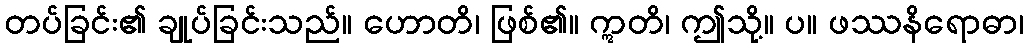
တပ်ခြင်း၏ ချုပ်ခြင်းသည်။ ဟောတိ၊ ဖြစ်၏။ ဣတိ၊ ဤသို့။ ပ။ ဖဿနိရောဓာ၊